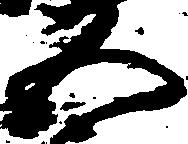
五